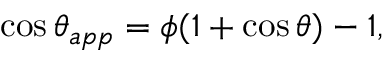
\cos { \theta _ { a p p } } = \phi ( 1 + \cos { \theta } ) - 1 ,